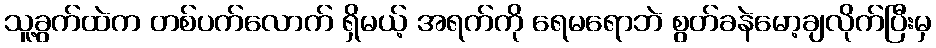
သူ့ခွက်ထဲက တစ်ပက်လောက် ရှိမယ့် အရက်ကို ရေမရောဘဲ စွတ်ခနဲမော့ချလိုက်ပြီးမှ